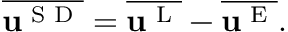
\begin{array} { r } { \overline { { \bf { u } ^ { \textnormal { S D } } } } = \overline { { \bf { u } ^ { \textnormal { L } } } } - \overline { { \bf { u } ^ { \textnormal { E } } } } . } \end{array}